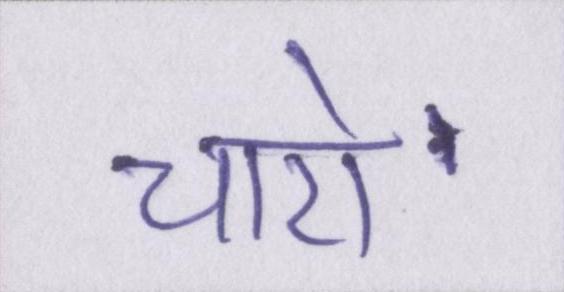
चारो